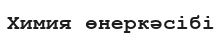
Химия өнеркәсібі